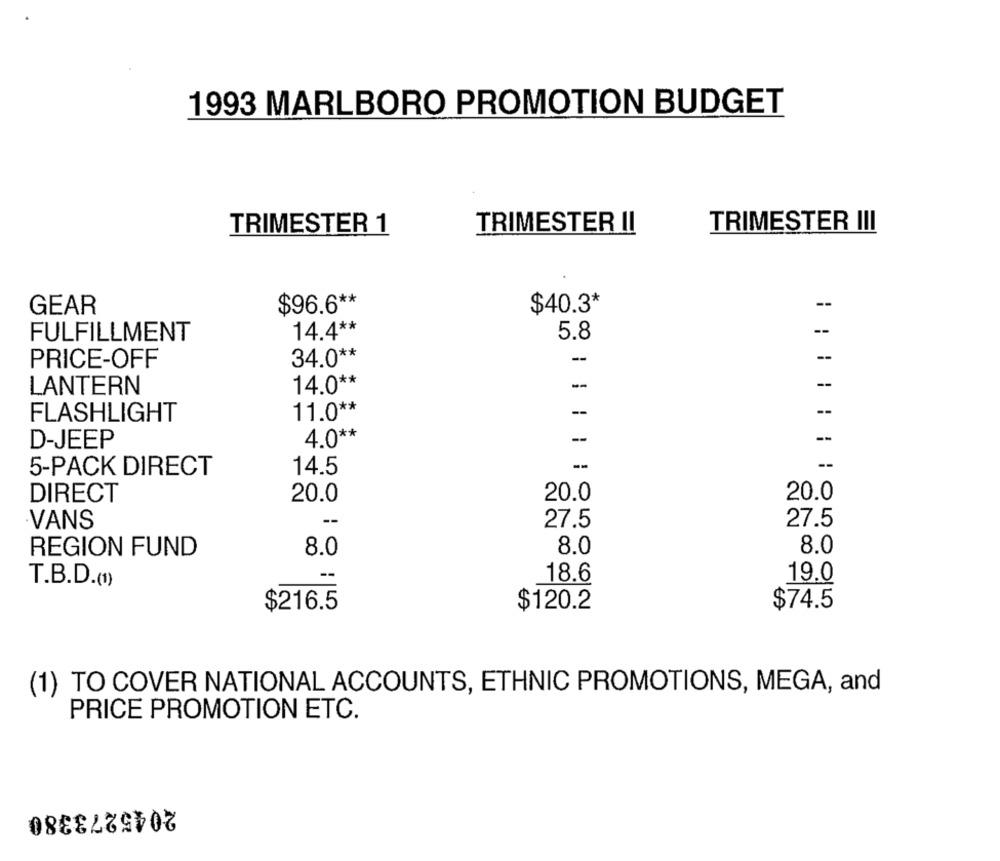
1993 MARLBORO PROMOTION BUDGET
TRIMESTER 1
TRIMESTER II
TRIMESTER III
GEAR
$96.6 **
$40.3*
--
14.4 **
--
FULFILLMENT
5.8
34.0 **
--
PRICE-OFF
14.0 **
--
--
LANTERN
11.0 **
--
--
FLASHLIGHT
4.0 **
--
D-JEEP
--
--
5-PACK DIRECT
14.5
DIRECT
20.0
20.0
20.0
VANS
27.5
27.5
8.0
8.0
8.0
REGION FUND
19.0
T.B.D.(1)
18.6
$216.5
$120.2
$74.5
(1) TO COVER NATIONAL ACCOUNTS, ETHNIC PROMOTIONS, MEGA, and
PRICE PROMOTION ETC.
2045273380